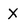
Character: X